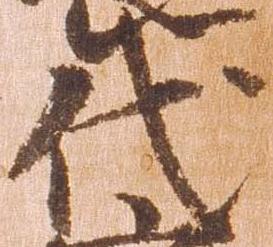
代